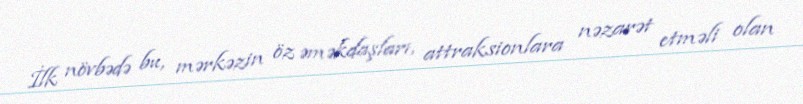
İlk növbədə bu, mərkəzin öz əməkdaşları, attraksionlara nəzarət etməli olan